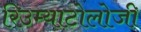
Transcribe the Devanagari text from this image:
रिउम्याटोलोजी